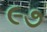
૯૭